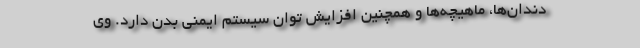
دندان‌ها، ماهیچه‌ها و همچنین افزایش توان سیستم ایمنی بدن دارد. وی